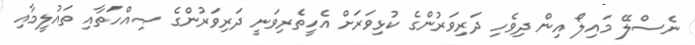
ނެސްލޭ މައިލޯ އިން ދިވެހި ދަރިވަރުންގެ ކުޅިވަރަށް އެހީތެރިވަނީ ދަރިވަރުންގެ ޞިއްހަތާއި ތައުލީމާއި